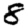
Digit: 8